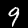
Label: 9